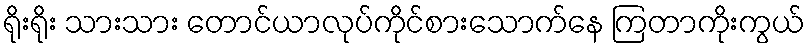
ရိုးရိုး သားသား တောင်ယာလုပ်ကိုင်စားသောက်နေ ကြတာကိုးကွယ်